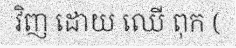
វិញ ដោយ ឈើ ពុក (